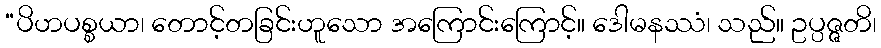
“ပိဟပစ္စယာ၊ တောင့်တခြင်းဟူသော အကြောင်းကြောင့်။ ဒေါမနဿံ၊ သည်။ ဥပ္ပဇ္ဇတိ၊